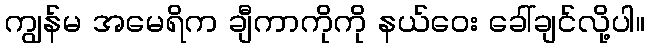
ကျွန်မ အမေရိက ချီကာကိုကို နယ်ဝေး ခေါ်ချင်လို့ပါ။